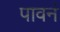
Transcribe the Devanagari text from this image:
पावनं